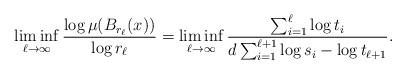
LaTeX: \begin{align*}\liminf_{\ell\to\infty}\frac {\log \mu(B_{r_\ell}(x))} {\log r_\ell} =\liminf_{\ell\to\infty} \frac {\sum_{i=1}^\ell \log t_i} {d\sum_{i=1}^{\ell+1} \log s_i - \log t_{\ell+1}}.\end{align*}